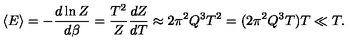
\langle E \rangle = - { \frac { d \ln { Z } } { d \beta } } = { \frac { T ^ { 2 } } { Z } } { \frac { d Z } { d T } } \approx 2 \pi ^ { 2 } Q ^ { 3 } T ^ { 2 } = ( 2 \pi ^ { 2 } Q ^ { 3 } T ) T \ll T .